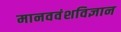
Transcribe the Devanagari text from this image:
मानववंशविज्ञान